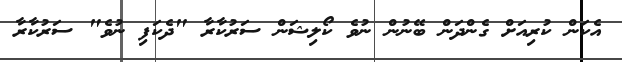
އެކަން ކުރިއަށް ގެންދަން ބޭނުން ނުވެ ކޯލިޝަން ސަރުކާރާ "ދެކަފި ނުވެ" ސަރުކާރާ